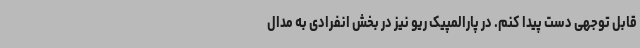
قابل توجهی دست پیدا کنم. در پارالمپیک ریو نیز در بخش انفرادی به مدال